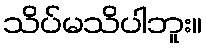
သိပ်မသိပါဘူး။